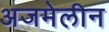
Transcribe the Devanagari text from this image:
अजमेलीन